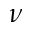
\nu